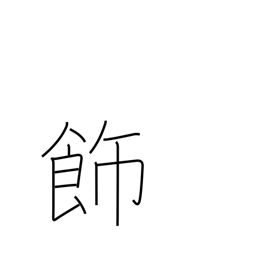
Meaning: adorn